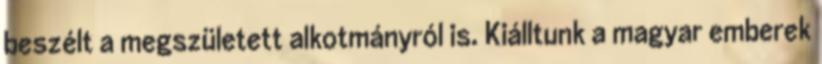
beszélt a megszületett alkotmányról is. Kiálltunk a magyar emberek